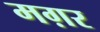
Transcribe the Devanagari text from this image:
मग़र